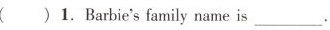
( ) 1.Barbie's family name is ___.